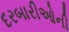
દરબારીઓની